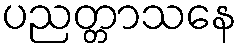
ပညတ္တာသနေ